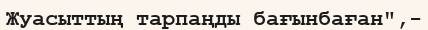
Жуасыттың тарпаңды бағынбаған",-